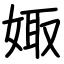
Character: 娵